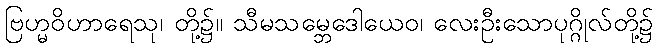
ဗြဟ္မဝိဟာရေသု၊ တို့၌။ သီမသမ္ဘေဒေါယေဝ၊ လေးဦးသောပုဂ္ဂိုလ်တို့၌